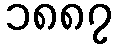
၁၈၈၇